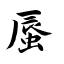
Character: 蜃